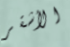
الأشقر